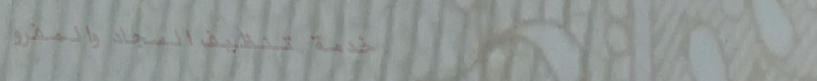
خدمة تنظيف السجاد والمفرو